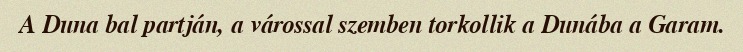
A Duna bal partján, a várossal szemben torkollik a Dunába a Garam.